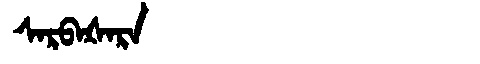
Manchu: ᠰᠠᡵᠪᠠᡧᠠᡵᠠ
Romanization: SARBAŠARA